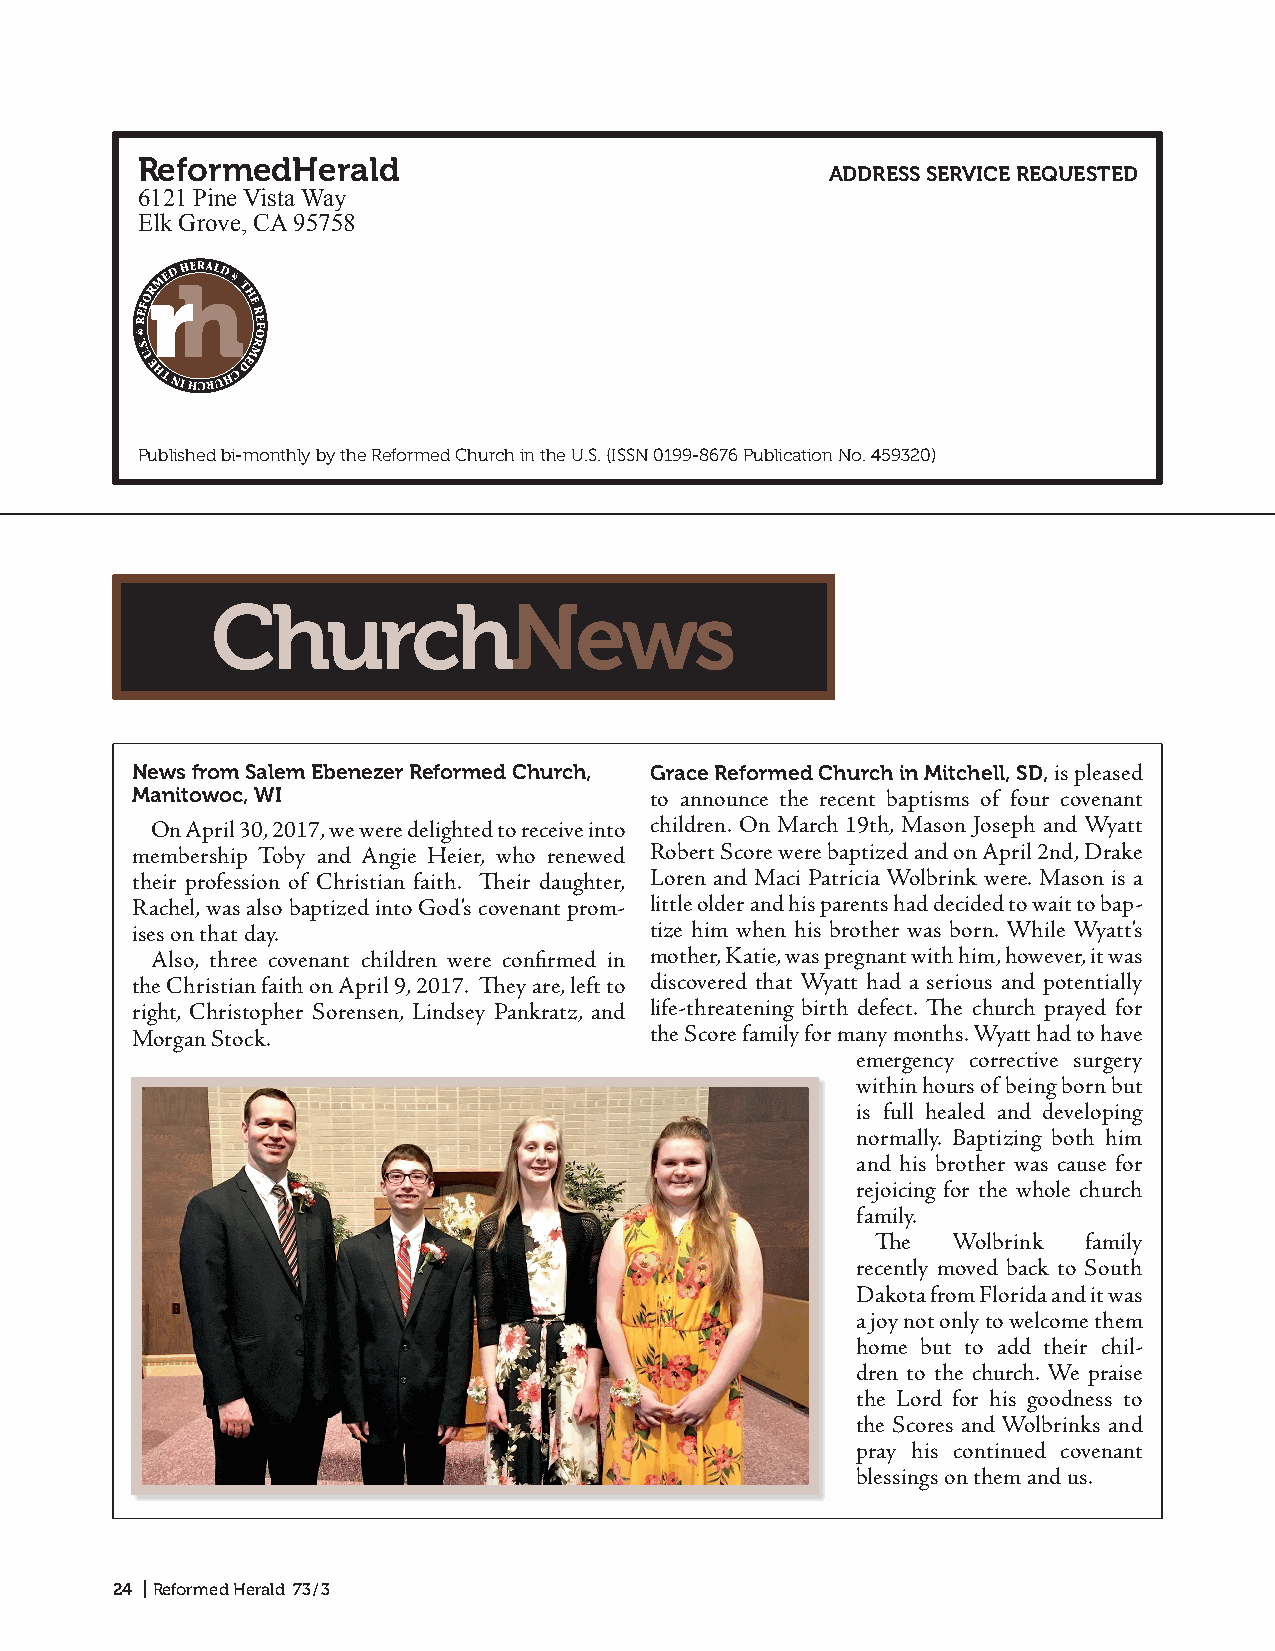
ReformedHerald
 ADDRESS SERVICE REQUESTED
 6121 Pine Vista Way
 Elk Grove, CA 95758
 rh
 Published bi-monthly by the Reformed Church in the U.S. (ISSN 0199- 8676 Publication No. 459320)
 ChurchNews
 News from Salem Ebenezer Reformed Church, Grace Reformed Church in Mitchell, SD, is pleased
 Manitowoc, WI                      to announce the recent baptisms of four covenant
 On April 30, 2017, we were delighted to receive into children. On March 19th, Mason Joseph and Wyatt
 membership Toby and Angie Heier, who renewed Robert Score were baptized and on April 2nd, Drake
 their profession of Christian faith. Their daughter, Loren and Maci Patricia Wolbrink were. Mason is a
 Rachel, was also baptized into God’s covenant prom- little older and his parents had decided to wait to bap-
 ises on that day.                  tize him when his brother was born. While Wyatt’s
 Also, three covenant children were confirmed in mother, Katie, was pregnant with him, however, it was
 the Christian faith on April 9, 2017. They are, left to discovered that Wyatt had a serious and potentially
 right, Christopher Sorensen, Lindsey Pankratz, and life-threatening birth defect. The church prayed for
 Morgan Stock.                      the Score family for many months. Wyatt had to have
 emergency corrective surgery
 within hours of being born but
 is full healed and developing
 normally. Baptizing both him
 and his brother was cause for
 rejoicing for the whole church
 family.
 The  Wolbrink family
 recently moved back to South
 Dakota from Florida and it was
 a joy not only to welcome them
 home but to add their chil-
 dren to the church. We praise
 the Lord for his goodness to
 the Scores and Wolbrinks and
 pray his continued covenant
 blessings on them and us.
 24 | Reformed Herald 73 / 3